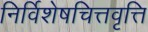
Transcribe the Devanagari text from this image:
निर्विशेषचित्तवृत्ति